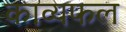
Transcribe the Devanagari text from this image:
काव्यफल